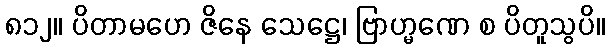
၈၁၂။ ပိတာမဟေ ဇိနေ သေဋ္ဌေ၊ ဗြာဟ္မဏေ စ ပိတူသွပိ။